Indian journal of veterinary science and animal husbandry - Volume 4,
Year: 1934
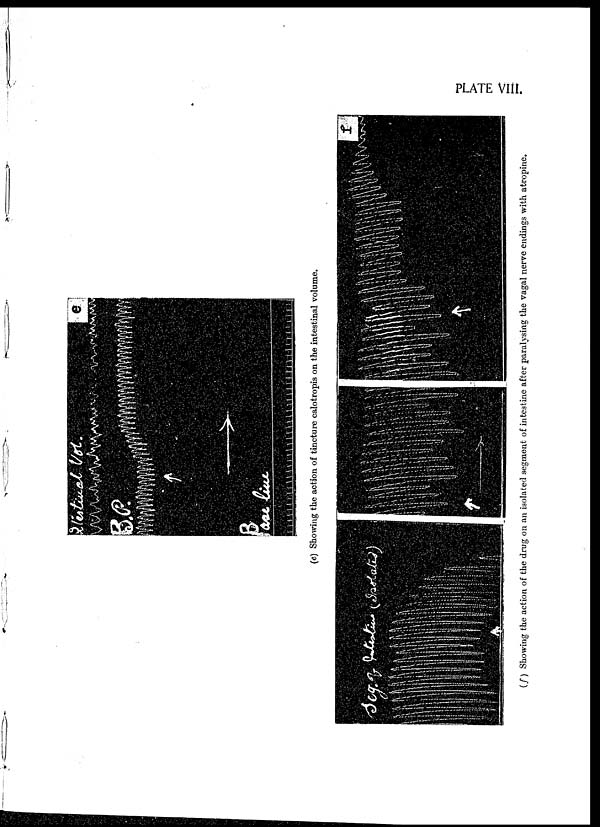
PLATE VIII.
(e) Showing the action of tincture calotropis on the intestinal volume.
(f)
Showing the action of the drug on an isolated segment of intestine after paralysing the vagal nerve endings with atropine.